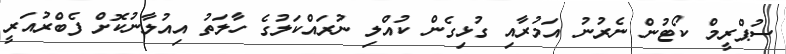
ސުޕްރީމް ކޯޓުން ނެރުނު އަމުރާއި ގުޅިގެން ކުއްލި ނުރައްކަލުގެ ހާލަތު އިއުލާނުކޮށް ފެބްރުއަރީ